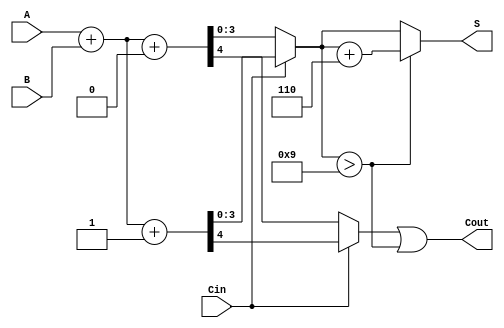
module BCD_MCSA (
    input  [3:0] A,      // BCD input A
    input  [3:0] B,      // BCD input B
    input        Cin,     // Carry-in
    output [3:0] S,      // BCD sum output
    output       Cout     // Carry-out
);

    // Intermediate signals
    wire [4:0] sum0;     // Sum with Cin = 0
    wire [4:0] sum1;     // Sum with Cin = 1
    wire       carry0;    // Carry-out with Cin = 0
    wire       carry1;    // Carry-out with Cin = 1

    // Path 1: A + B + Cin (Cin = 0)
    assign sum0 = A + B + 4'b0000;  // Add A and B
    assign carry0 = sum0[4];  // Carry-out for Cin = 0

    // Path 2: A + B + Cin (Cin = 1)
    assign sum1 = A + B + 4'b0001;  // Add A and B + 1
    assign carry1 = sum1[4];  // Carry-out for Cin = 1

    // Multiplexer to select sum and carry-out based on Cin
    wire [3:0] selected_sum;
    wire selected_carry;

    assign selected_sum = (Cin == 1'b0) ? sum0[3:0] : sum1[3:0];
    assign selected_carry = (Cin == 1'b0) ? carry0 : carry1;

    // BCD Correction Logic
    wire [3:0] corrected_sum;
    wire correction_needed;

    assign correction_needed = selected_sum > 4'b1001; // Check if sum > 9
    assign corrected_sum = correction_needed ? selected_sum + 4'b0110 : selected_sum;

    // Final outputs
    assign S = corrected_sum;  // BCD sum output
    assign Cout = selected_carry | correction_needed; // Carry-out

endmodule